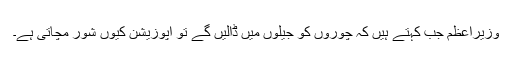
وزیراعظم جب کہتے ہیں کہ چوروں کو جیلوں میں ڈالیں گے تو اپوزیشن کیوں شور مچاتی ہے۔